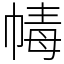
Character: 𢃶